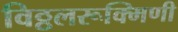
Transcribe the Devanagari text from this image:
विठ्ठलरूक्मिणी